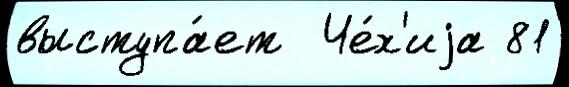
выступа́ет  Че́х'иjа 81